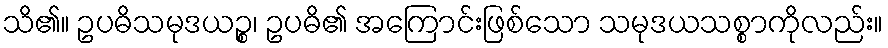
သိ၏။ ဥပဓိသမုဒယဉ္စ၊ ဥပဓိ၏ အကြောင်းဖြစ်သော သမုဒယသစ္စာကိုလည်း။